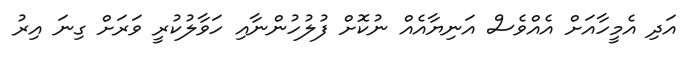
އަދި އެމީހާއަށް އެއްވެސް އަނިޔާއެއް ނުކޮށް ފުލުހުންނާއި ހަވާލުކުރީ ވަރަށް ގިނަ އިރު